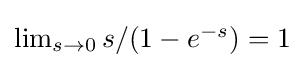
{\textstyle \lim _{s\to 0}s/(1-e^{-s})=1}